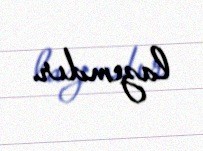
lazımdır.